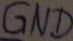
Text: GND